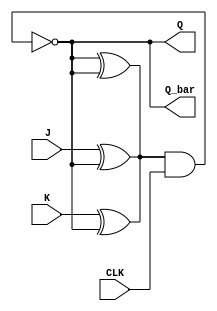
module jk_ff_ms (
    input J, K, CLK,
    output Q, Q_bar
);

// Master stage
wire Qm, Qm_bar;
wire S, R;

assign S = J ^ Qm_bar;
assign R = K ^ Qm;

// Master stage
nand gate1 (Qm, S, CLK);
nand gate2 (Qm_bar, R, CLK);

// Slave stage
wire Qs, Qs_bar;

assign S = Qm ^ Qs_bar;
assign R = Qm_bar ^ Qs;

nand gate3 (Qs, S, CLK);
nand gate4 (Qs_bar, R, CLK);

// Output
assign Q = Qs;
assign Q_bar = Qs_bar;

endmodule